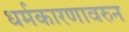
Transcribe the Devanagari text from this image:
धर्मकारणावरुन